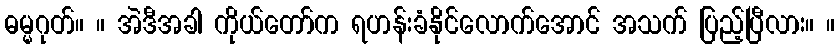
ဓမ္မဂုတ်။ ။ အဲဒီအခါ ကိုယ်တော်က ရဟန်းခံနိုင်လောက်အောင် အသက် ပြည့်ပြီလား။ ။